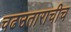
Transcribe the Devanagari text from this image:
चढउताराचीच